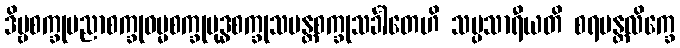
ဒိဗ္ဗစက္ခုပညာစက္ခုဓမ္မစက္ခုဗုဒ္ဓစက္ခုသမန္တစက္ခုသင်္ခါတေဟိ သမ္ပသာရီယတိ စရမန္တလိက္ခေ